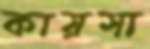
কায়সা